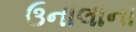
ઉનાલાના